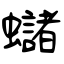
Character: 蠩